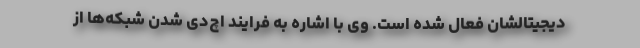
دیجیتالشان فعال شده است. وی با اشاره به فرایند اچ‌دی شدن شبکه‌ها از